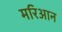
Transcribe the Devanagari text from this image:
मरिआन